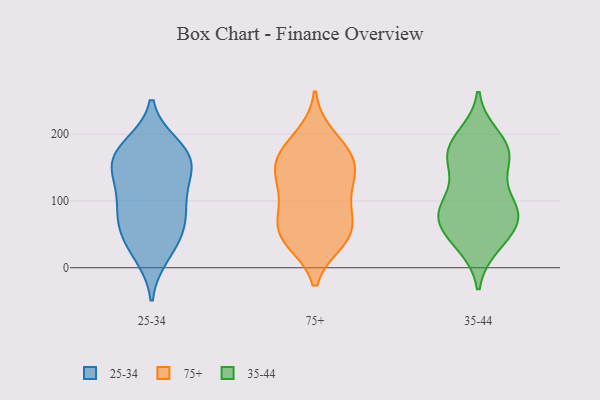
{"axis": {"x": "Population (Million)", "y": "Value"}, "legend": ["25-34", "35-44", "75+"], "data": [{"x": "", "y": 20, "type": "25-34"}, {"x": "", "y": 165, "type": "25-34"}, {"x": "", "y": 154, "type": "25-34"}, {"x": "", "y": 109, "type": "25-34"}, {"x": "", "y": 33, "type": "25-34"}, {"x": "", "y": 120, "type": "25-34"}, {"x": "", "y": 150, "type": "25-34"}, {"x": "", "y": 88, "type": "25-34"}, {"x": "", "y": 160, "type": "25-34"}, {"x": "", "y": 53, "type": "25-34"}, {"x": "", "y": 75, "type": "25-34"}, {"x": "", "y": 67, "type": "25-34"}, {"x": "", "y": 182, "type": "25-34"}, {"x": "", "y": 176, "type": "25-34"}, {"x": "", "y": 142, "type": "75+"}, {"x": "", "y": 156, "type": "75+"}, {"x": "", "y": 50, "type": "75+"}, {"x": "", "y": 169, "type": "75+"}, {"x": "", "y": 46, "type": "75+"}, {"x": "", "y": 98, "type": "75+"}, {"x": "", "y": 114, "type": "75+"}, {"x": "", "y": 197, "type": "75+"}, {"x": "", "y": 136, "type": "75+"}, {"x": "", "y": 40, "type": "75+"}, {"x": "", "y": 82, "type": "75+"}, {"x": "", "y": 179, "type": "75+"}, {"x": "", "y": 45, "type": "75+"}, {"x": "", "y": 68, "type": "75+"}, {"x": "", "y": 153, "type": "75+"}, {"x": "", "y": 52, "type": "35-44"}, {"x": "", "y": 89, "type": "35-44"}, {"x": "", "y": 85, "type": "35-44"}, {"x": "", "y": 38, "type": "35-44"}, {"x": "", "y": 84, "type": "35-44"}, {"x": "", "y": 174, "type": "35-44"}, {"x": "", "y": 64, "type": "35-44"}, {"x": "", "y": 186, "type": "35-44"}, {"x": "", "y": 154, "type": "35-44"}, {"x": "", "y": 72, "type": "35-44"}, {"x": "", "y": 97, "type": "35-44"}, {"x": "", "y": 176, "type": "35-44"}, {"x": "", "y": 34, "type": "35-44"}, {"x": "", "y": 92, "type": "35-44"}, {"x": "", "y": 147, "type": "35-44"}, {"x": "", "y": 168, "type": "35-44"}, {"x": "", "y": 197, "type": "35-44"}]}